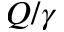
Q / \gamma